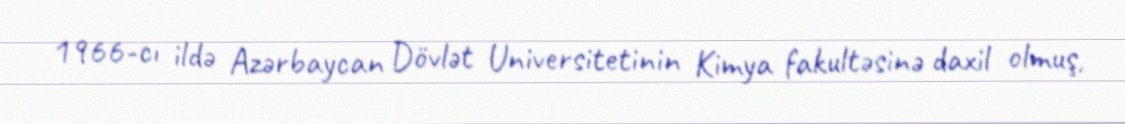
1966-cı ildə Azərbaycan Dövlət Universitetinin Kimya fakultəsinə daxil olmuş,